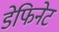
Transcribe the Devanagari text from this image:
डेफिनेट